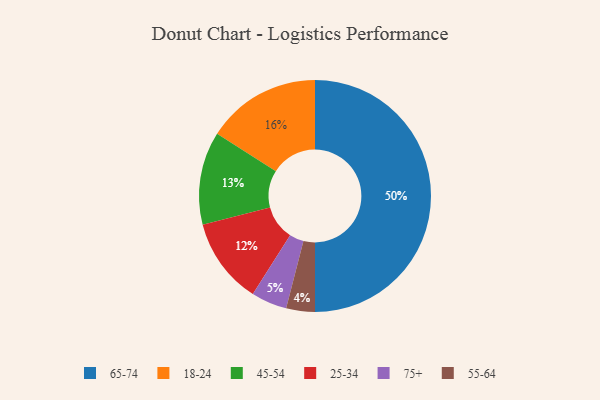
{"axis": {"x": "Category", "y": "Percentage"}, "legend": ["18-24", "25-34", "45-54", "55-64", "65-74", "75+"], "data": [{"x": "55-64", "y": 4, "type": "55-64"}, {"x": "18-24", "y": 16, "type": "18-24"}, {"x": "25-34", "y": 12, "type": "25-34"}, {"x": "65-74", "y": 50, "type": "65-74"}, {"x": "45-54", "y": 13, "type": "45-54"}, {"x": "75+", "y": 5, "type": "75+"}]}